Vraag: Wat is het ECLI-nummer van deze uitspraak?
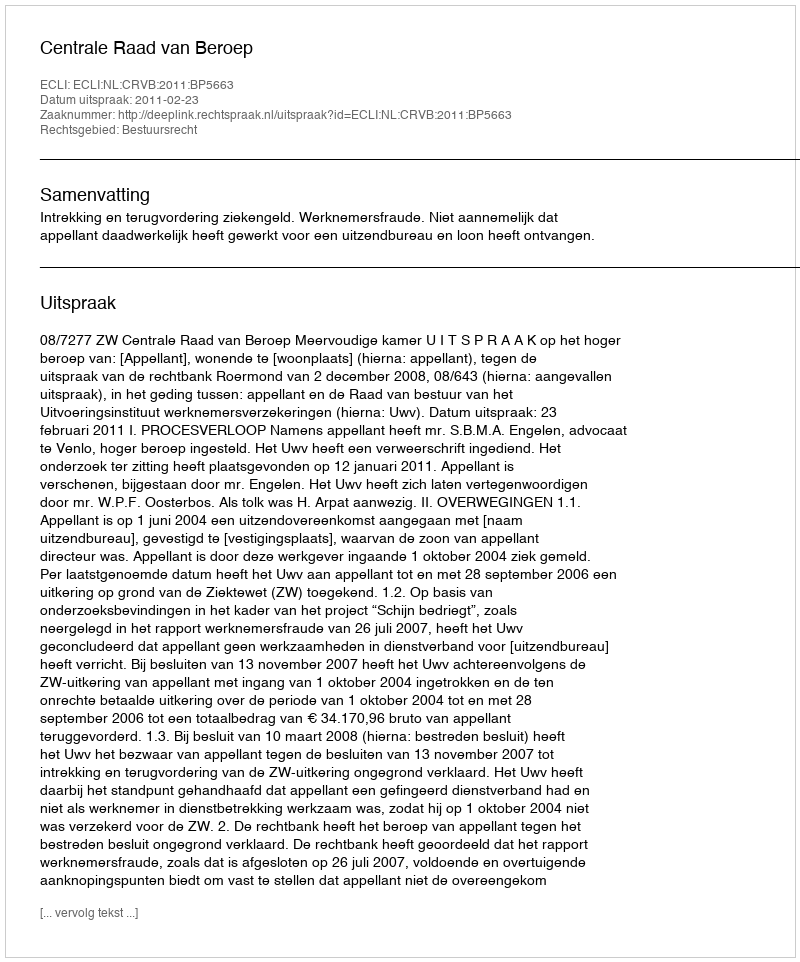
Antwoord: ECLI:NL:CRVB:2011:BP5663